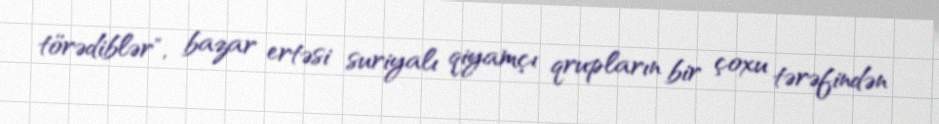
törədiblər", bazar ertəsi suriyalı qiyamçı qrupların bir çoxu tərəfindən